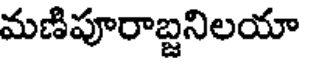
మణిపూరాబ్దనిలయా